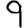
Digit: 9